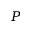
P